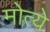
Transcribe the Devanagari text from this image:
मोत्ये